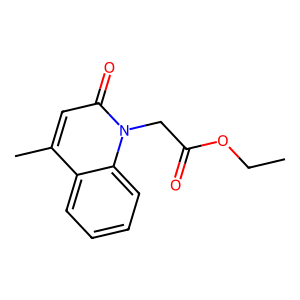
SMILES: CCOC(=O)Cn1c(=O)cc(C)c2ccccc21
Inhibits HIV replication: No